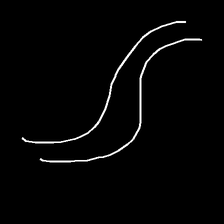
Glyph: float